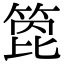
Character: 箆